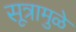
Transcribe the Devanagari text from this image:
सूत्रामुळे